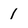
Character: 1